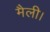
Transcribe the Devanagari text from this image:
मैली।